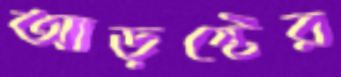
আড়ষ্টের